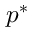
p ^ { * }